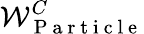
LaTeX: \mathcal{W}_{\mathrm{{~P~a~r~t~i~c~l~e~}}}^{C}